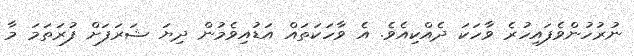
ނުރުހުންވެފައިހުރެ ވާހަކަ ދެއްކިއެވެ. އެ ވާހަކަތައް އަޑުއިވެމުން ދިޔަ ޝަރަފަށް ފުރަތަމަ މާ